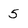
Character: 5